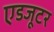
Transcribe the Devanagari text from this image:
एडजूटर